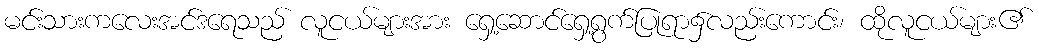
မင်းသားကလေးအင်ဒရေသည် လူငယ်များအား ရှေ့ဆောင်ရှေ့ရွက်ပြုရာ၌လည်းကောင်း၊ ထိုလူငယ်များ၏